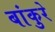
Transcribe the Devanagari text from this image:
बांकुरे